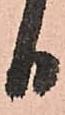
日